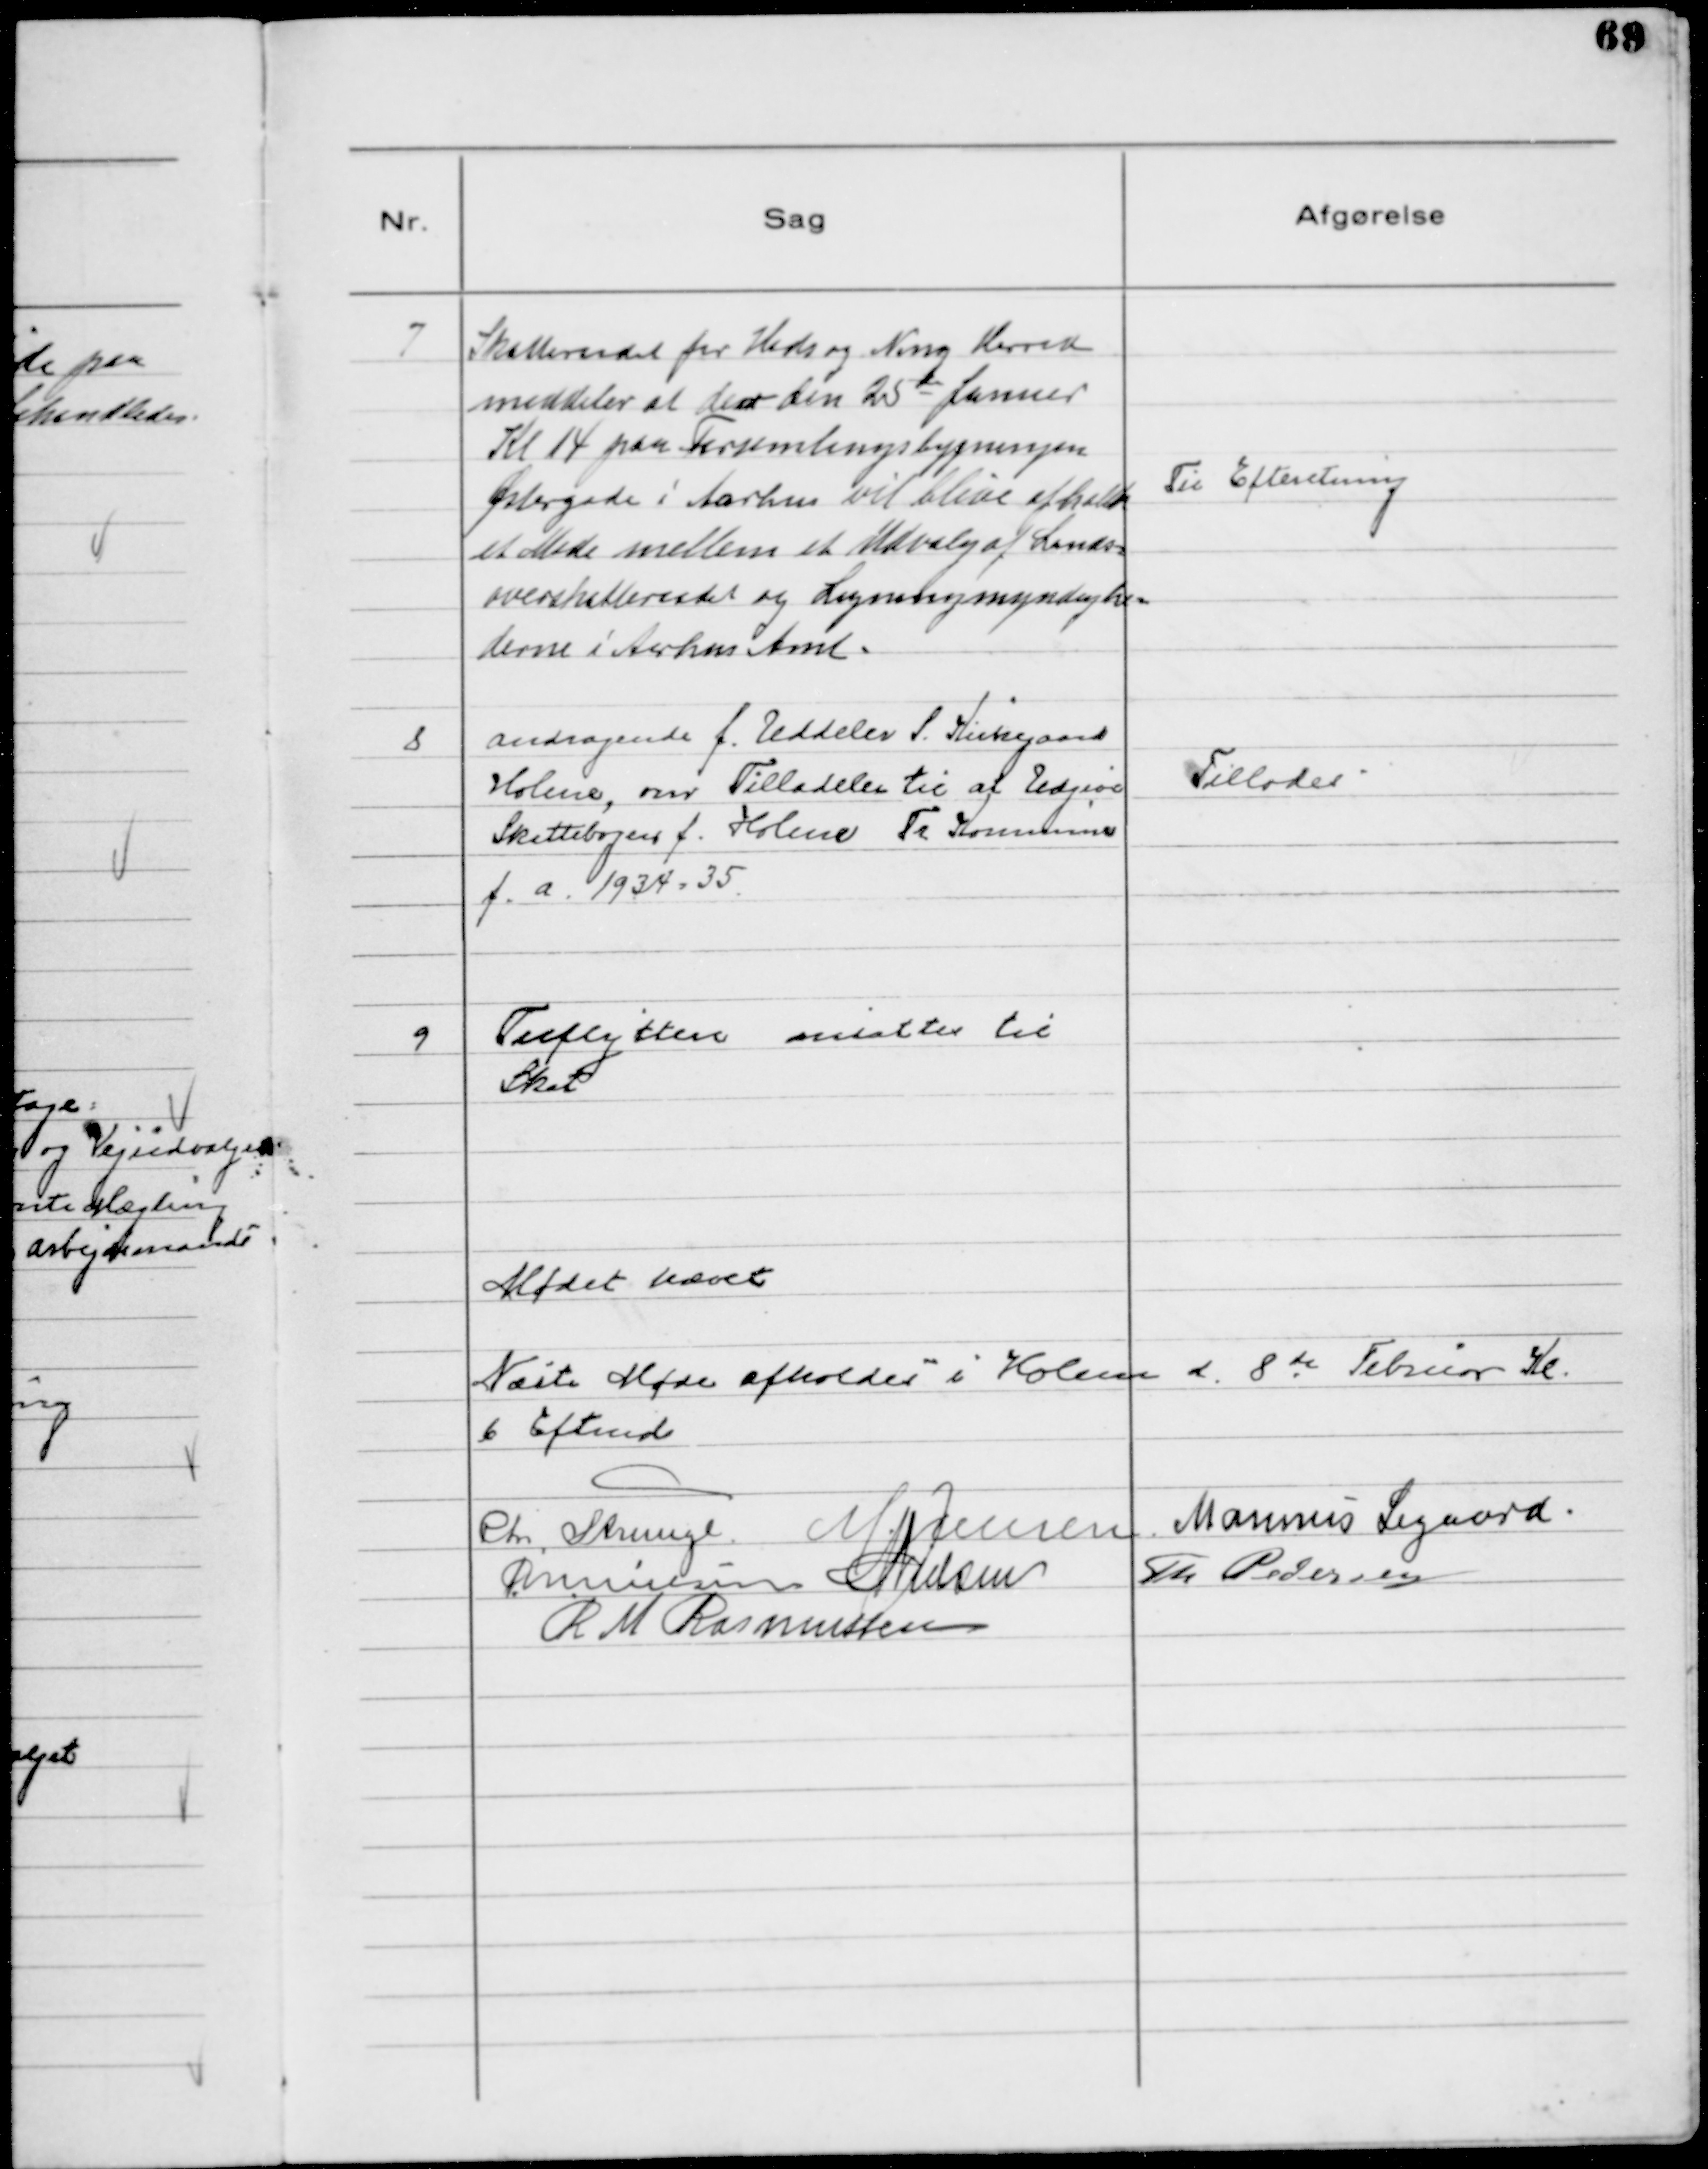
Transskription:
7
Skatteraadet for Hads og Ning Herred
meddeler at der den 25de Januar
Kl 14 paa Forsamlingsbygningen
Østergade i Aarhus vil blive afholdt
et Møde mellem et Udvalg af Lands-
overskatteraadet og Ligningmyndighe-
derne i Aarhus Amt.

Til Efteretning

8
Andragende f. Uddeler S. Kirkegaard
Holme, om Tilladelse til at Udgive
Skattebogen f. Holme Tr Kommune
f. a. 1934-35

Tillodes

9
Tilflyttere ansattes til
Skat

Mødet hævet
Nøste Møde afholdes i Holme d. 8 de Februar Kl.
6 Eftmd
Chr. Strunge M. Jensen Marinus Sigaard
MNielsen NNielsen Th Pedersen
R M Rasmussen